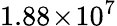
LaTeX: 1.88\! \times\! 10^{7}